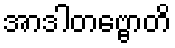
အာဒါတဗ္ဗောတိ